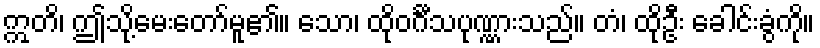
ဣတိ၊ ဤသို့မေးတော်မူ၏။ သော၊ ထိုဝင်္ဂီသပုဏ္ဏားသည်။ တံ၊ ထိုဦး ခေါင်းခွံကို။